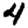
Digit: 4